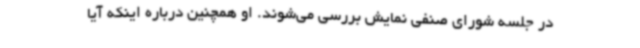
در جلسه شورای صنفی نمایش بررسی می‌شوند. او همچنین درباره اینکه آیا